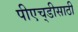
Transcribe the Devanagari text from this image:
पीएच्‌डीसाठी